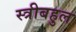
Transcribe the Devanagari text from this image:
स्त्रीबहुल